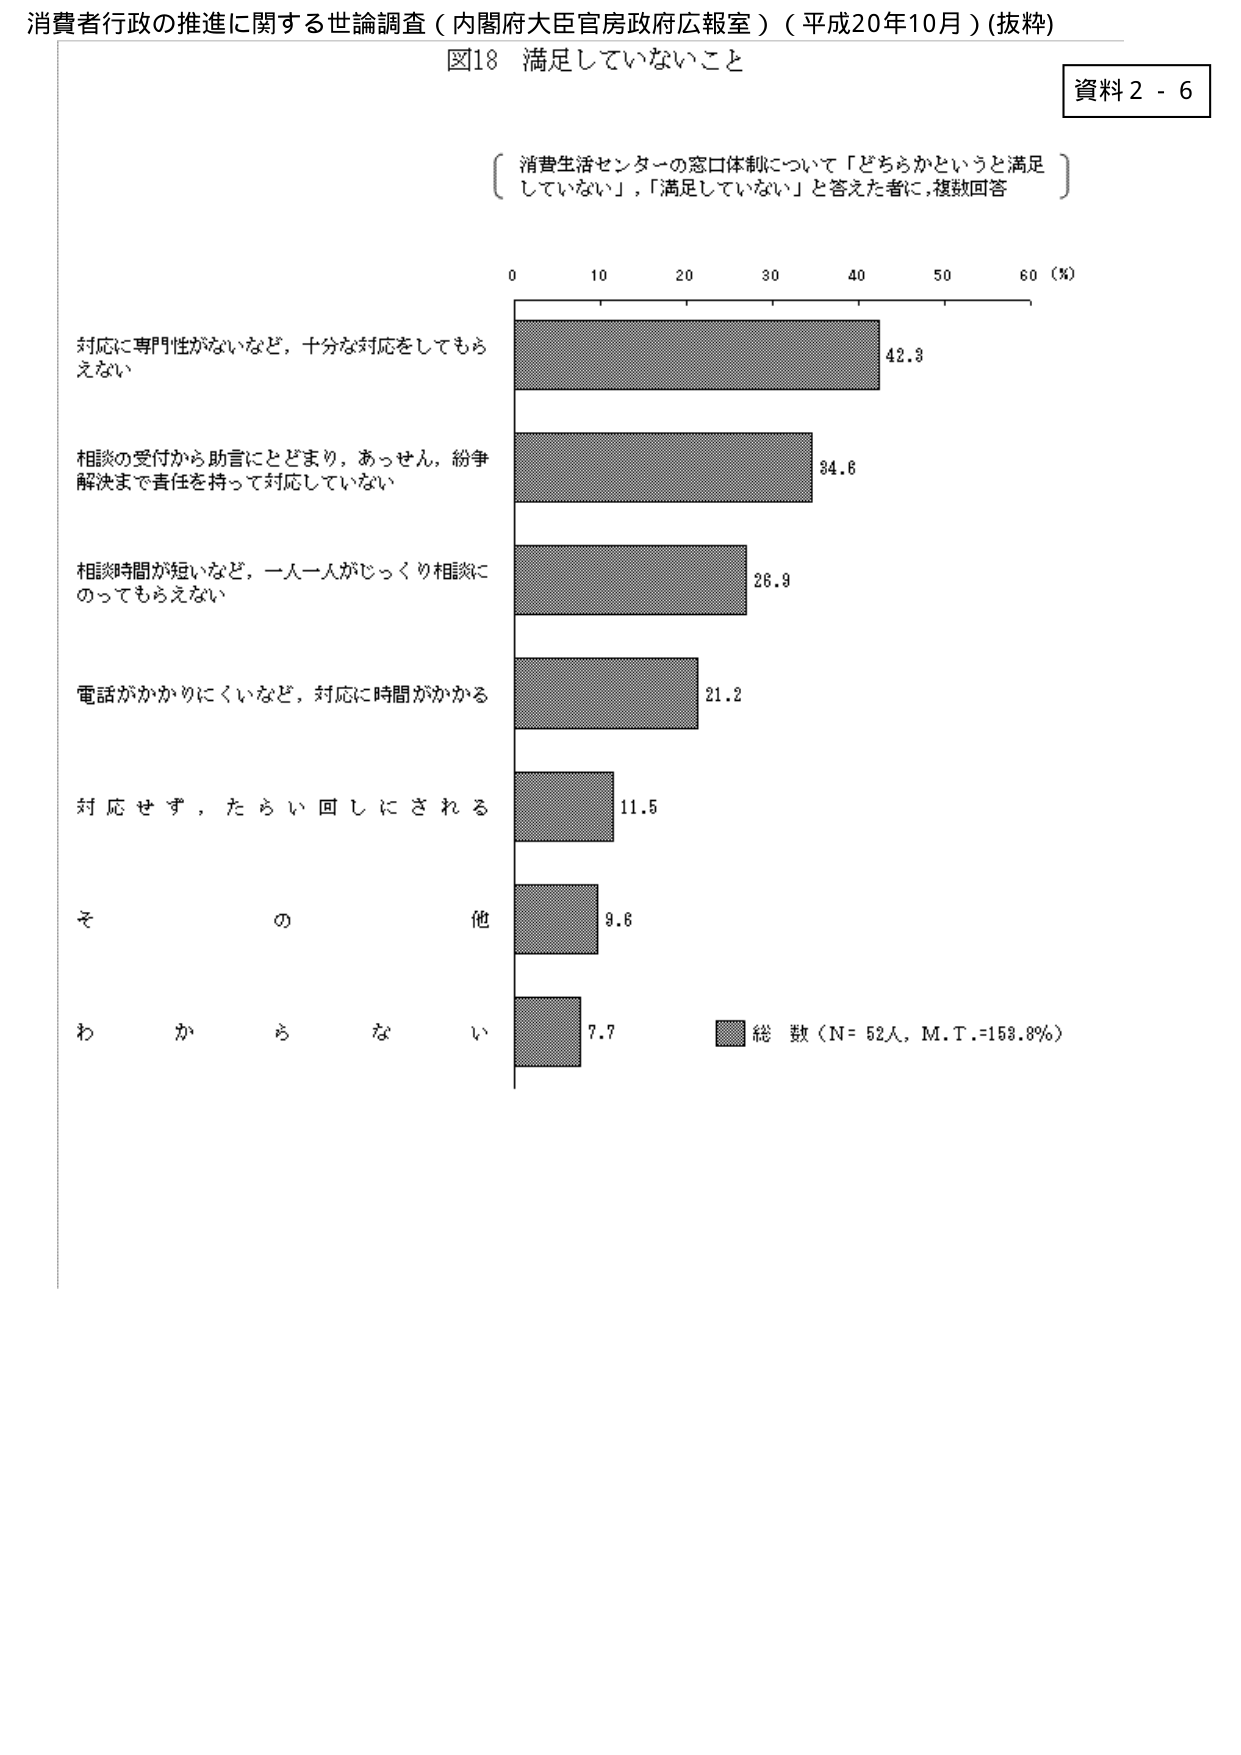
消費者行政の推進に関する世論調査（内閣府大臣官房政府広報室）（平成20年10月）(抜粋)

図18 満足していないこと

資料2-6

〔消費生活センターの窓口体制について「どちらかというと満足していない」，「満足していない」と答えた者に，複数回答〕

0 10 20 30 40 50 60 (%)

対応に専門性がないなど，十分な対応をしてもらえない 42.3

相談の受付から助言にとどまり，あっせん，紛争解決まで責任を持って対応していない 34.6

相談時間が短いなど，一人一人がじっくり相談にのってもらえない 26.9

電話がかかりにくいなど，対応に時間がかかる 21.2

対応せず，たらい回しにされる 11.5

その他 9.6

わからない 7.7

■ 総数（N=52人，M.T.=158.8%）